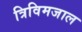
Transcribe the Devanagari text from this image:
त्रिविमजाल